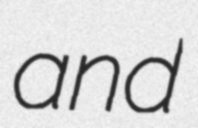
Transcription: and